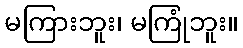
မကြားဘူး၊ မကြုံဘူး။